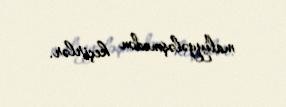
maliyyələşmədən keçirlər.